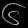
Digit: ၆